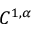
C ^ { 1 , \alpha }